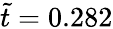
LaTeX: \tilde{t}=0.282